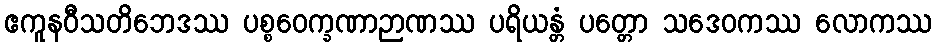
ဧကူနဝီသတိဘေဒဿ ပစ္စဝေက္ခဏာဉာဏဿ ပရိယန္တံ ပတ္တော သဒေဝကဿ လောကဿ